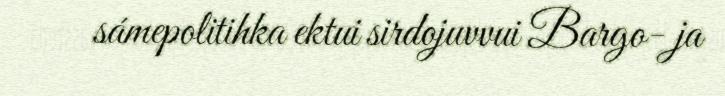
sámepolitihka ektui sirdojuvvui Bargo- ja